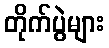
တိုက်ပွဲများ